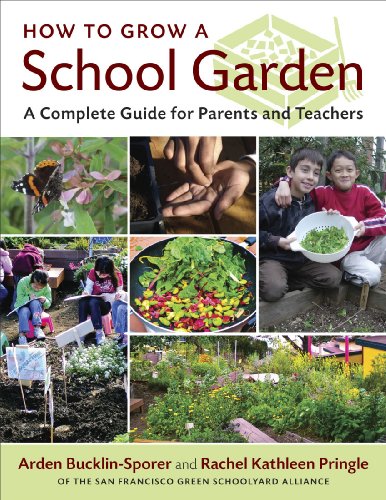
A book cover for How to Grow a School Garden: A Complete Guide for Parents and Teachers; Arden Bucklin-Sporer; Crafts, Hobbies & Home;